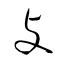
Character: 攴